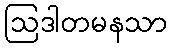
ဩဒါတမနသာ